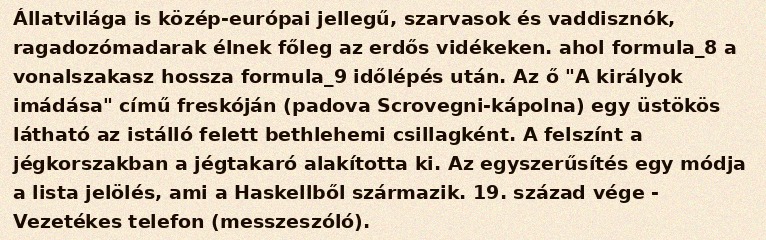
Állatvilága is közép-európai jellegű, szarvasok és vaddisznók, ragadozómadarak élnek főleg az erdős vidékeken. ahol formula_8 a vonalszakasz hossza formula_9 időlépés után. Az ő "A királyok imádása" című freskóján (padova Scrovegni-kápolna) egy üstökös látható az istálló felett bethlehemi csillagként. A felszínt a jégkorszakban a jégtakaró alakította ki. Az egyszerűsítés egy módja a lista jelölés, ami a Haskellből származik. 19. század vége - Vezetékes telefon (messzeszóló).